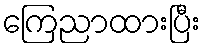
ကြေညာထားပြီး